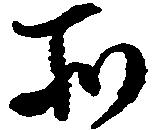
所